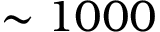
\sim 1 0 0 0